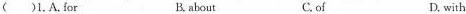
( )1.A.for B. about C.of D. with